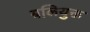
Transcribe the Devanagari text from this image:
बलियुक्त